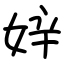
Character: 㛙